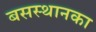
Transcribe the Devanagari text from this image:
बसस्थानका